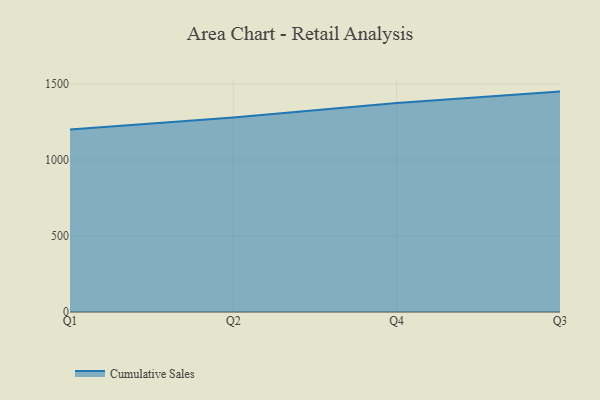
{"axis": {"x": "Quarter", "y": "Backlog"}, "legend": ["Cumulative Sales"], "data": [{"x": "Q1", "y": 1201.2, "type": "Cumulative Sales"}, {"x": "Q2", "y": 1280.6, "type": "Cumulative Sales"}, {"x": "Q4", "y": 1375.8, "type": "Cumulative Sales"}, {"x": "Q3", "y": 1450.3, "type": "Cumulative Sales"}]}